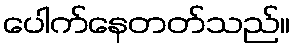
ပေါက်နေတတ်သည်။